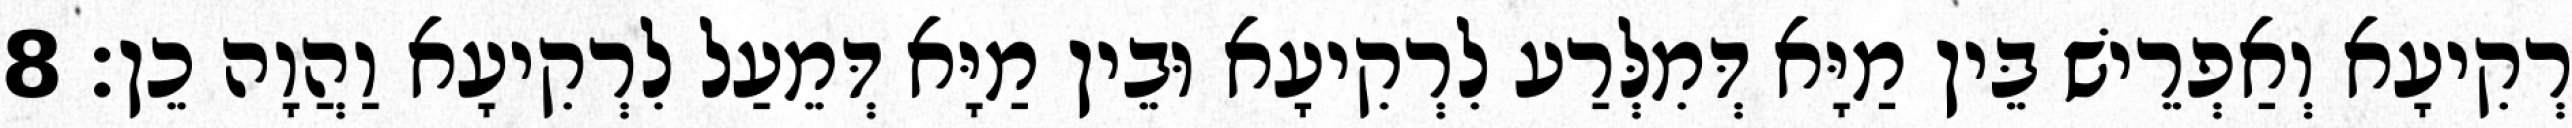
רְקִיעָא וְאַפְרֵישׁ בֵּין מַיָּא דְּמִלְּרַע לִרְקִיעָא וּבֵין מַיָּא דְּמֵעַל לִרְקִיעָא וַהֲוָה כֵן׃ 8